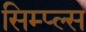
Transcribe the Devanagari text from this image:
सिम्प्ल्स